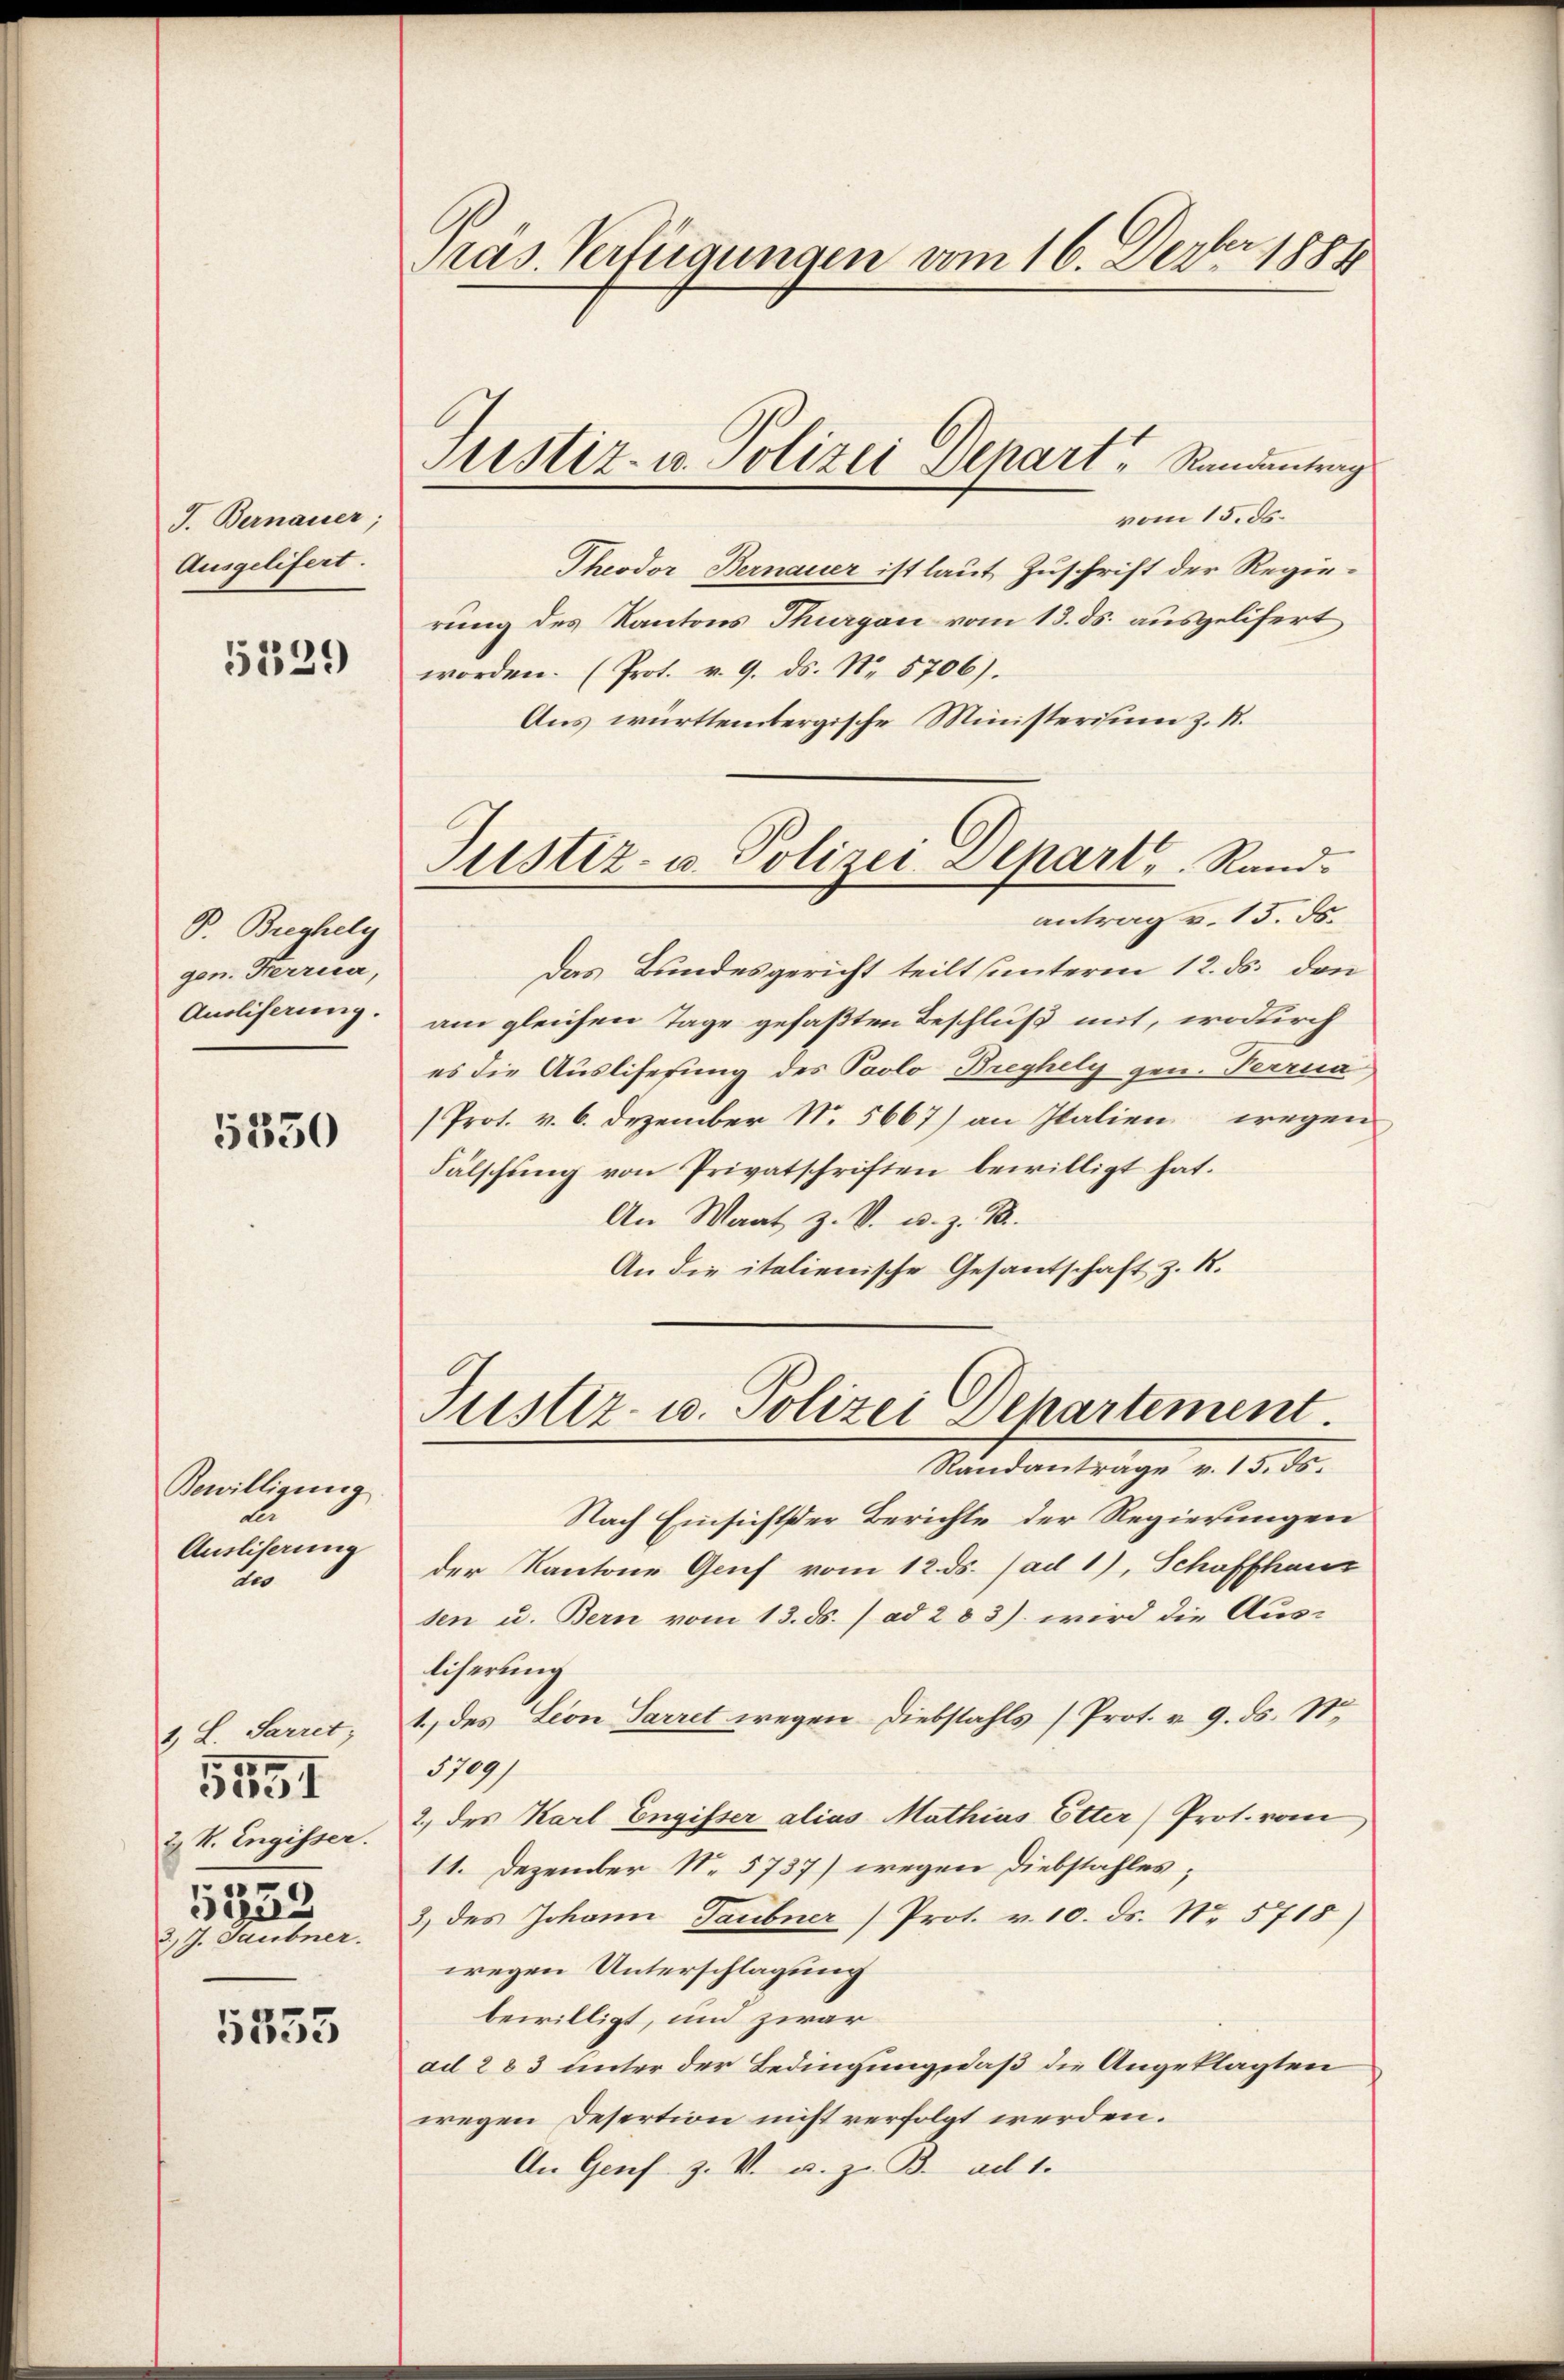
J. Bernauer,
Ausgelifert.

5529

P. Breghely
gen. Ferria,
Anoliferung.

5350

Bewilligung
de
Ausliserung
ter

1. L. Sarret;
5551
2 R. Engisser.
.
335
3, J. Saubner.

5235

Pras. Verfügungen vom 16. Dezbr. 1884

vom 15. ds.
Theodor Bernauer ist laut Zuschrift der Regierung des Kantons Thurgau vom 13. ds. ausgelifert
worden. (Prot. v. 9. ds. No. 5706).
Aus württembergische Ministerisum z. R.
das Bundesgericht teilt unterm 12. ds. den
am gleichen Tage gefaßten Beschluß mit, wodurch
es die Auslisesung des Paolo Breyhely gen. Ferra
/Prot. v. 6. Dezember N. 5667) an Italien wegen
Fälschung von Privatschriften bewilligt hat.
An Wart z. V. u. z. B.
An die italienische Gesantschaft z. R.

Sistiz- u. Polizei Depart, Randantrag

Justiz- u. Polizei Depart, Randantrag v. 15. ds.

Justiz- u. Polizei Departement
Randantrage v. 15. ds.

Nach Einsichter Berichte der Regierungen
der Kantone Genf vom 12. ds. (ad 1), Schaffhaus
sen u. Bern vom 13. ds. / ad 283) wird die Aus-
liserung
1. des Lion Parret wegen Diebstahls (Prot. v. 9. ds. S.
1709)
2.) des Karl Engisser alias Mathias Etter Prot. vom
11. Dezember N. 5737) wegen Diebstahles;
3) des Johann Gaubner Prot. v. 10. ds. No. 5718)
wegen Unterschlagung
bewilligt, und zwar
ad 283 unter der Bedingung, daß die Angeklagten
wegen Desertion nicht verfolgt werden.
An Genf z. V. u. z. B. ad 1.